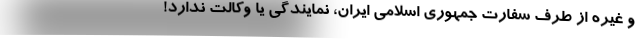
و غیره از طرف سفارت جمهوری اسلامی ایران، نمایندگی یا وکالت ندارد!